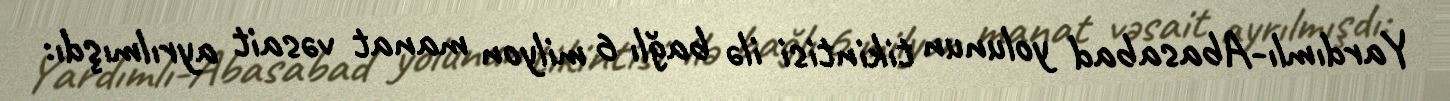
Yardımlı-Abasabad yolunun tikintisi ilə bağlı 6 milyon manat vəsait ayrılmışdı: